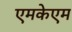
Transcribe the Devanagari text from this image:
एमकेएम